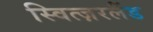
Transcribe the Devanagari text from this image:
स्वित्ज़रलैंड